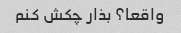
واقعا؟ بذار چکش کنم